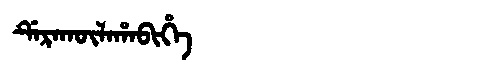
Manchu: ᡩᡝᡵᠠᡴᡡᠯᠠᡥᠠᠪᡳᡥᡝ
Romanization: DERAKŪLAHABIHE